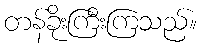
တန်ခိုးကြီးကြသည်။